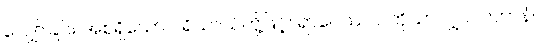
လျှော်ခြင်း အစရှိသော ပရိယာယ်တို့ဖြင့်။ ရာဂေဿဝ၊ ကိုသာလျှင်။ ပဟာနံ၊